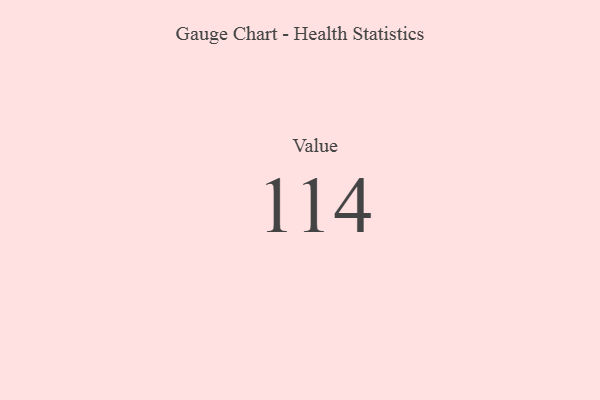
{"axis": {"x": "Metric", "y": "Value"}, "legend": [""], "data": [{"x": "Value", "y": 114, "type": ""}]}